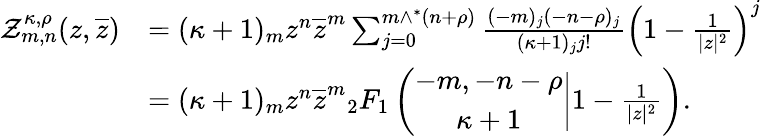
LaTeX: \begin{array}{rl}{\mathcal{Z}_{m,n}^{\kappa,\rho}(z,\overline{{z}})}&{=(\kappa+1)_{m}z^{n}\overline{{z}}^{m}\sum_{j=0}^{m\wedge^{*}(n+\rho)}\frac{(-m)_{j}(-n-\rho)_{j}}{(\kappa+1)_{j}j!}\left(1-\frac{1}{|z|^{2}}\right)^{j}}\\ &{=(\kappa+1)_{m}z^{n}\overline{{z}}^{m}{_2F_{1}}\left(\begin{array}{c}{-m,-n-\rho}\\ {\kappa+1}\end{array}\bigg|1-\frac{1}{|z|^{2}}\right).}\end{array}